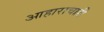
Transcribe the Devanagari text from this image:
आहाराचाही